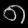
Digit: ၈